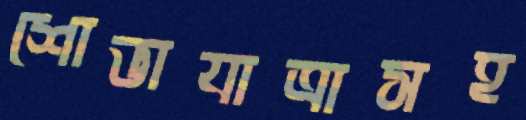
শোভাযাত্রাসহ